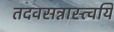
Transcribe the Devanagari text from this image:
तदवसन्नास्त्वयि